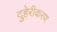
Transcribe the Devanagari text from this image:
दुहेरीकरण